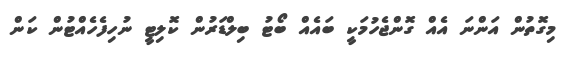
މިގޮތުން އަންނަ އެއް ގޮންޖެހުމަކީ ބައެއް ބޯޓު ބިލްޑަރުން ކޮލިޓީ ނުހިފެހެއްޓުން ކަން